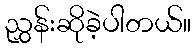
ညွှန်းဆိုခဲ့ပါတယ်။